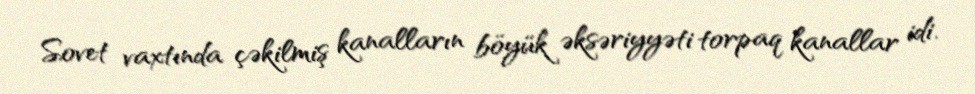
Sovet vaxtında çəkilmiş kanalların böyük əksəriyyəti torpaq kanallar idi.